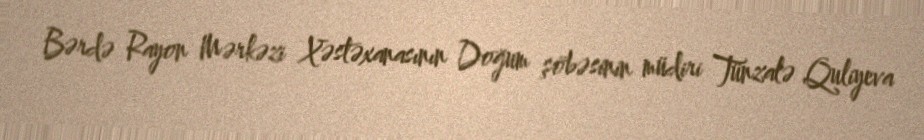
Bərdə Rayon Mərkəzi Xəstəxanasının Doğum şöbəsinin müdiri Tünzalə Quliyeva